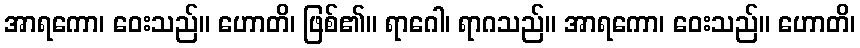
အာရကော၊ ဝေးသည်။ ဟောတိ၊ ဖြစ်၏။ ရာဂေါ၊ ရာဂသည်။ အာရကော၊ ဝေးသည်။ ဟောတိ၊